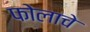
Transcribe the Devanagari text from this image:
फोलाचे